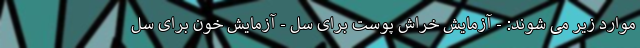
موارد زیر می شوند: - آزمایش خراش پوست برای سل - آزمایش خون برای سل